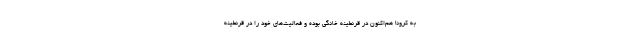
به کرونا هم‌اکنون در قرنطینه خانگی بوده و فعالیت‌های خود را در قرنطینه